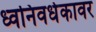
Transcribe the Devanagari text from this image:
ध्वनिवर्धकावर